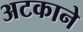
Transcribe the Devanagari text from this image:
अटकाने